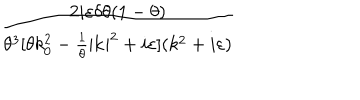
LaTeX: \frac { 2 i \varepsilon \delta \theta ( 1 - \theta ) } { \theta ^ { 3 } [ \theta k _ { 0 } ^ { 2 } - \frac { 1 } { \theta } | \mathbf { k } | ^ { 2 } + i \varepsilon ] ( k ^ { 2 } + i \varepsilon ) }